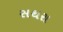
સથરા